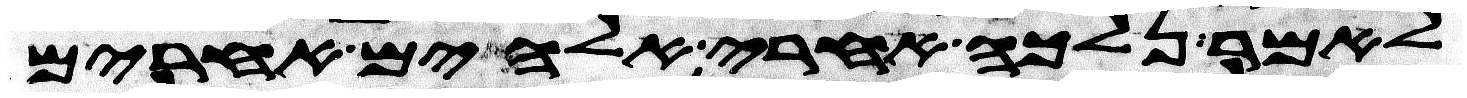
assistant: לאמר נלכה אחרי אלהים אחרים